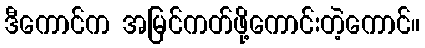
ဒီကောင်က အမြင်ကတ်ဖို့ကောင်းတဲ့ကောင်။